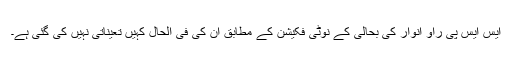
ایس ایس پی راؤ انوار کی بحالی کے نوٹی فکیشن کے مطابق ان کی فی الحال کہیں تعیناتی نہیں کی گئی ہے۔